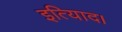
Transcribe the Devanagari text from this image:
इत्यािद।